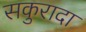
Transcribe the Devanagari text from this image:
सकुरादा